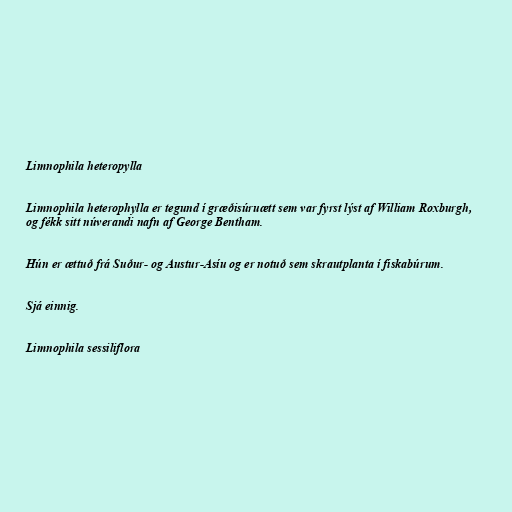
Limnophila heteropylla

Limnophila heterophylla er tegund í græðisúruætt sem var fyrst lýst af William Roxburgh,
og fékk sitt núverandi nafn af George Bentham.

Hún er ættuð frá Suður- og Austur-Asíu og er notuð sem skrautplanta í fiskabúrum.

Sjá einnig.

Limnophila sessiliflora